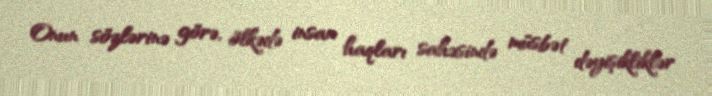
Onun sözlərinə görə, ölkədə insan haqları sahəsində müsbət dəyişikliklər